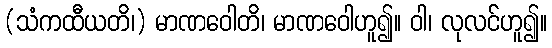
(သံကထီယတိ၊) မာဏဝေါတိ၊ မာဏဝေါဟူ၍။ ဝါ၊ လုလင်ဟူ၍။